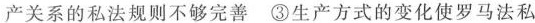
产关系的私法规则不够完善 ③生产方式的变化使罗马法私